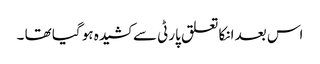
اس بعد انکا تعلق پارٹی سے کشیدہ ہو گیا تھا ۔